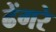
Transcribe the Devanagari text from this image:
ढेंगरे